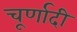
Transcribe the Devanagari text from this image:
चूर्णादी